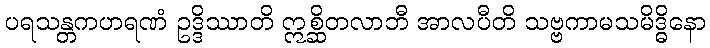
ပရသန္တကဟရဏံ ဥဒ္ဒိဿာတိ ဣစ္ဆိတလာဘီ အာလပီတိ သဗ္ဗကာမသမိဒ္ဓိနော